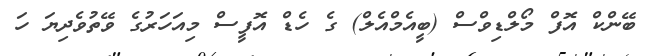
ބޭންކް އޮފް މޯލްޑިވްސް (ބީއެމްއެލް) ގެ ހެޑް އޮފީސް މިއަހަރުގެ ވޭތުވެދިޔަ ހަ